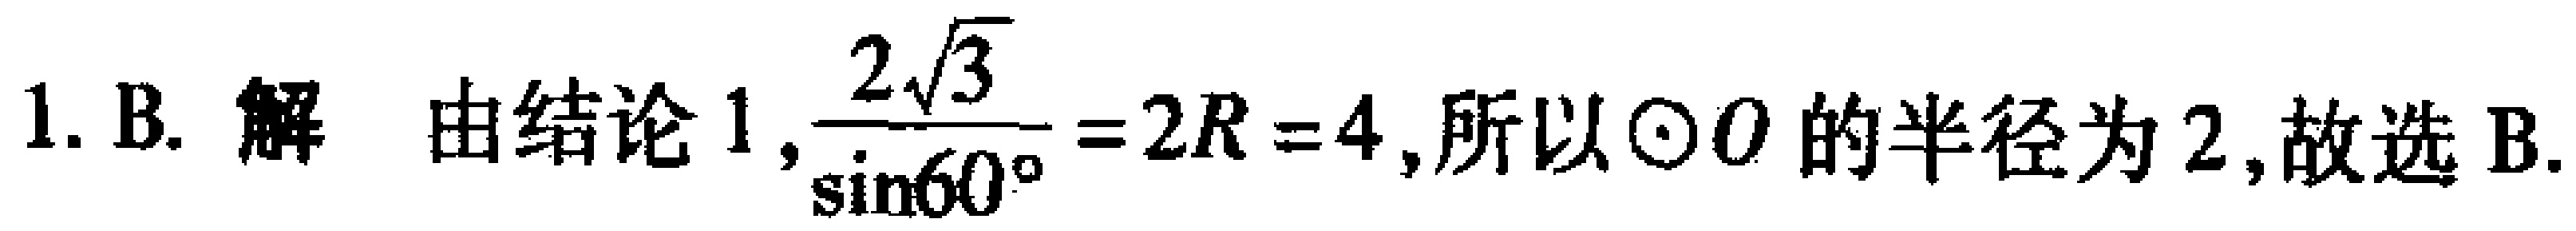
1. B. 解 由结论 1, $\frac{2\sqrt{3}}{\sin60^{\circ}} = 2R = 4$, 所以$\odot O$的半径为 2, 故选 B.